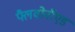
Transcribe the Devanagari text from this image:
फ्लैवोनॉएड